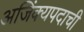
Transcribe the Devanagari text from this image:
अजिंक्यपदाची